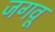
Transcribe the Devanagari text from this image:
जगवू